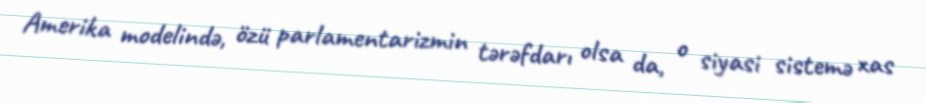
Amerika modelində, özü parlamentarizmin tərəfdarı olsa da, o siyasi sistemə xas